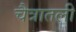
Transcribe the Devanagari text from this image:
चैत्रातली